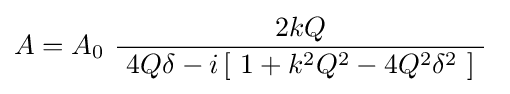
A=A_{0}\ {\frac {2kQ}{\ 4Q\delta -i\left[\ 1+k^{2}Q^{2}-4Q^{2}\delta ^{2}\ \right]\ }}\